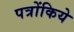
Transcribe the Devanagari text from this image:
पत्रोंकिये